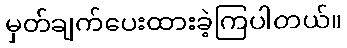
မှတ်ချက်ပေးထားခဲ့ကြပါတယ်။